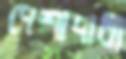
পেশাদারী